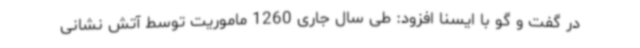
در گفت و گو با ایسنا افزود: طی سال جاری 1260 ماموریت توسط آتش نشانی